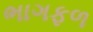
ભાગફળ